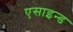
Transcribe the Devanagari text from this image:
एसाइन्ड